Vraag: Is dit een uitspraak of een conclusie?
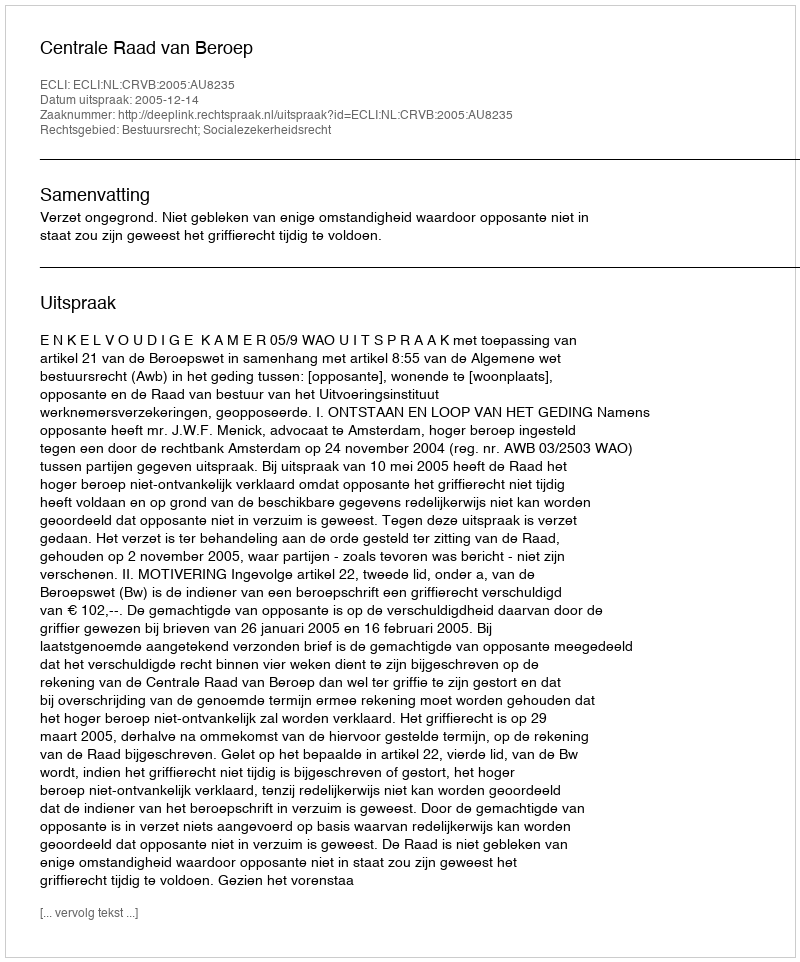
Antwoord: Uitspraak